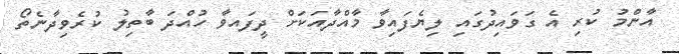
އާންމު ކުރި އެ ގަވައިދުގައި ލިޔެފައިވާ މާއްދާއަކަށް ދީފައވާ ހުއްދަ ބާތިލު ކުރެވިދާނެތޯ